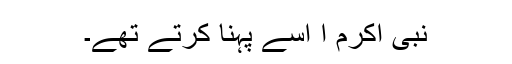
نبی اکرم ا اسے پہنا کرتے تھے۔